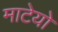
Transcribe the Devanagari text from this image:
माटेयो